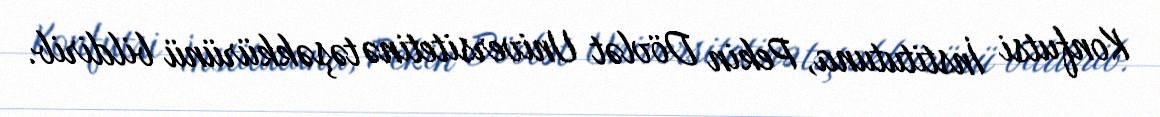
Konfutsi İnstitutuna, Pekin Dövlət Universitetinə təşəkkürünü bildirib.